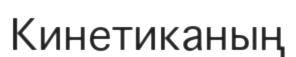
Кинетиканың